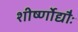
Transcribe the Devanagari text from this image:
शीर्ष्णोद्यौः